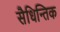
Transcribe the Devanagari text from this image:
सैधिन्तिक